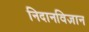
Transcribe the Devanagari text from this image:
निदानविज्ञान